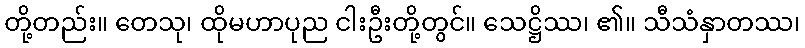
တို့တည်း။ တေသု၊ ထိုမဟာပုည ငါးဦးတို့တွင်။ သေဋ္ဌိဿ၊ ၏။ သီသံနှာတဿ၊